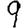
Digit: 9